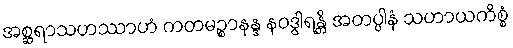
အစ္ဆရာသဟဿာဟံ ကတမဉ္စာနန္ဒ နဝဒွါရန္တိ အတပ္ပါနံ သဟာယကိစ္စံ